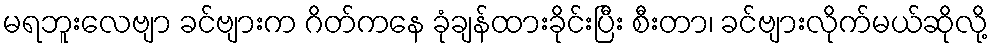
မရဘူးလေဗျာ ခင်ဗျားက ဂိတ်ကနေ ခုံချန်ထားခိုင်းပြီး စီးတာ၊ ခင်ဗျားလိုက်မယ်ဆိုလို့